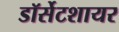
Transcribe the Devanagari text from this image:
डॉर्सेटशायर